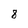
Character: 8